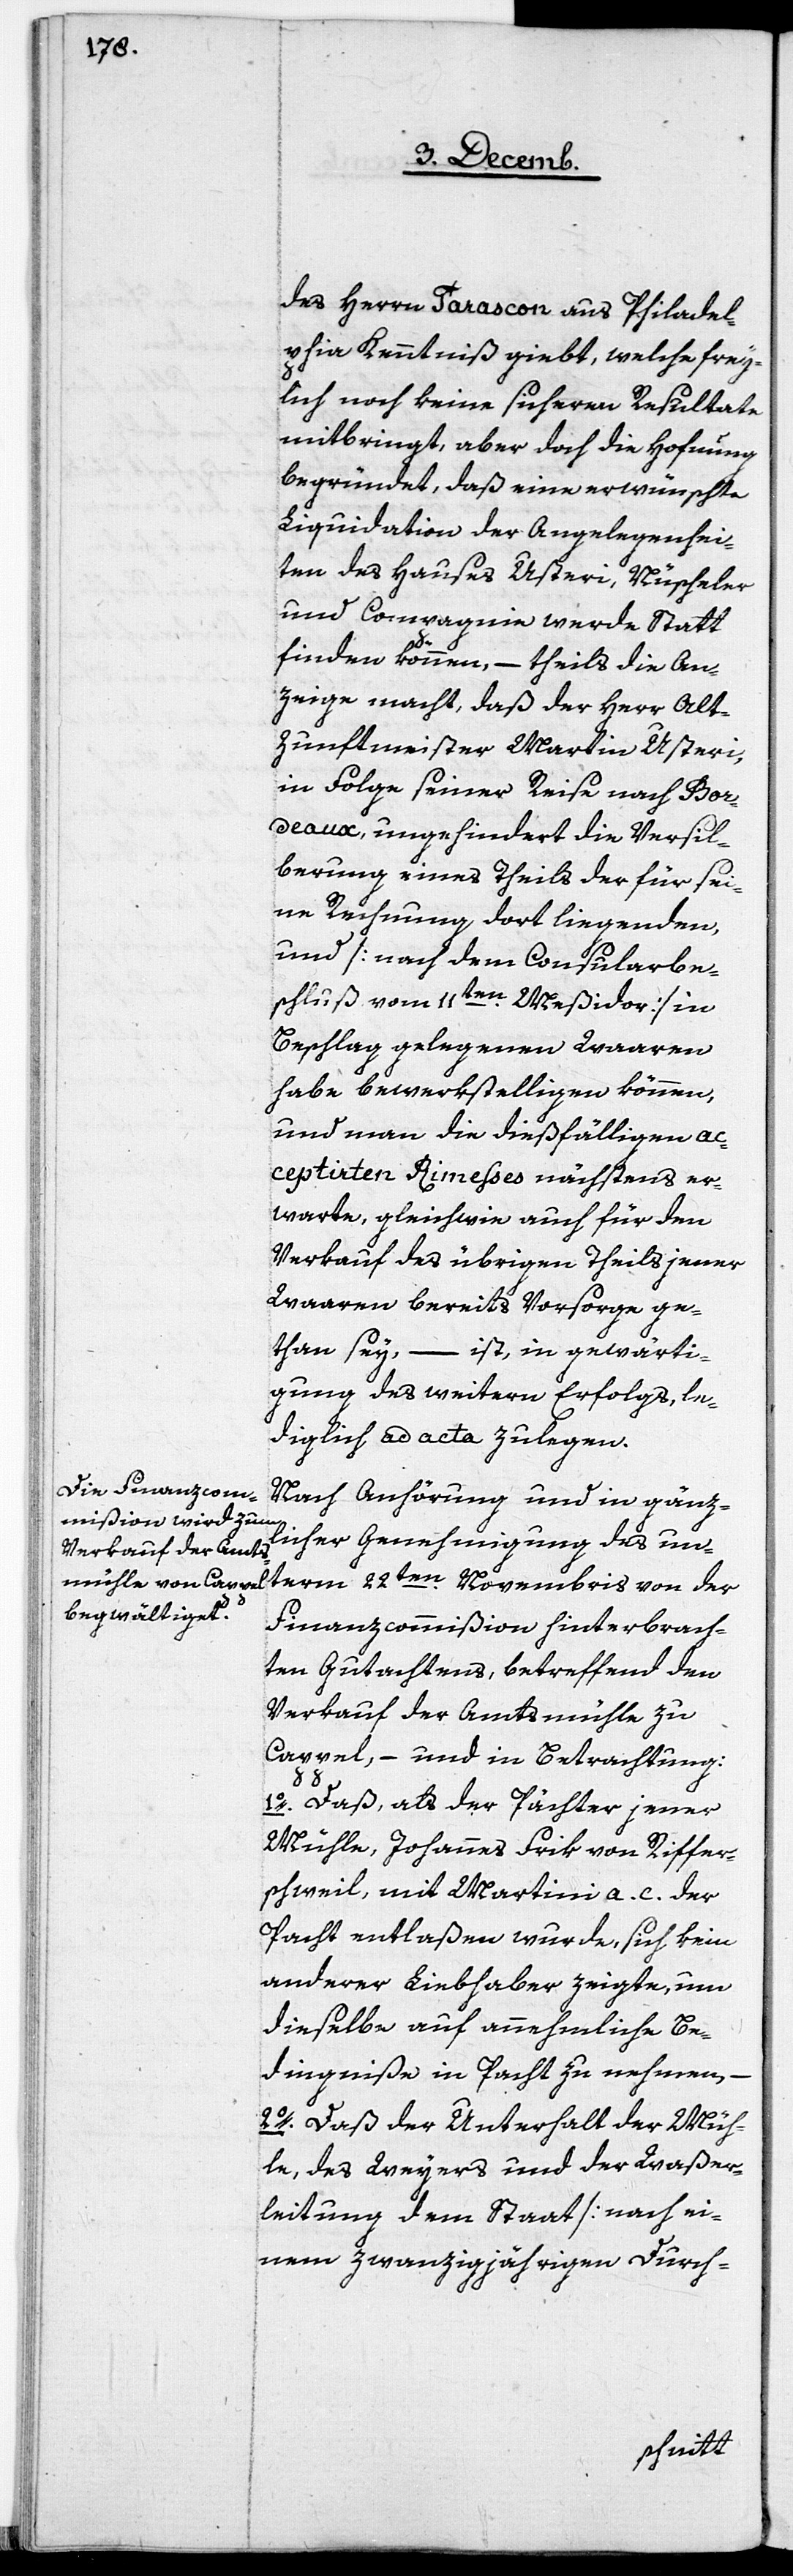
des Herrn Tarascon aus Philadel¬
phia Kenntniß giebt, welche frey¬
lich noch keine sicheren Resultate
mitbringt, aber doch die Hoffnung
begründet, daß eine erwünschte
Liquidation der Angelegenhei¬
ten des Hauses Usteri, Nüscheler
und Compagnie werde Statt
finden können, – theils die An¬
zeige macht, daß der Herr Al¬
zunftmeister Martin Usteri,
in Folge seiner Reise nach Bor¬
deaux, ungehindert die Versil¬
berung eines Theils der für sei¬
ne Rechnung dort liegenden,
und [nach dem Consularbe¬
schluß vom 11ten. Meßidor] in
Beschlag gelegenen Waaren
habe bewerkstelligen können,
und man die dießfälligen ac¬
ceptirten Rimesses nächstens er¬
warte, gleichwie auch für den
Verkauf des übrigen Theils jener
Waaren bereits Vorsorge ge¬
than sey, – ist, in gewärti¬
gung [sic!] des weitern Erfolgs, le¬
diglich ad acta zulegen.
Nach Anhörung und in gänz¬
licher Genehmigung des un¬
term 22ten. Novembris von der
Finanzcommißion hinterbrach¬
ten Gutachtens, betreffend den
Verkauf der Amtsmühle zu
Cappel, – und in Betrachtung:
1. Daß, als der Pächter jener
Mühle, Johannes Frik von Riffer¬
schweil, mit Martini a. c. der
Pacht entlaßen wurde, sich kein
anderer Liebhaber zeigte, um
dieselbe auf annehmliche Be¬
dingniße in Pacht zu nehmen,
2. Daß der Unterhalt der Müh¬
le, des Weyers und der Waßer¬
leitung dem Staat [nach ei¬
nem zwanzigjährigen Durch-